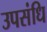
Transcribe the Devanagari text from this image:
उपसंधि